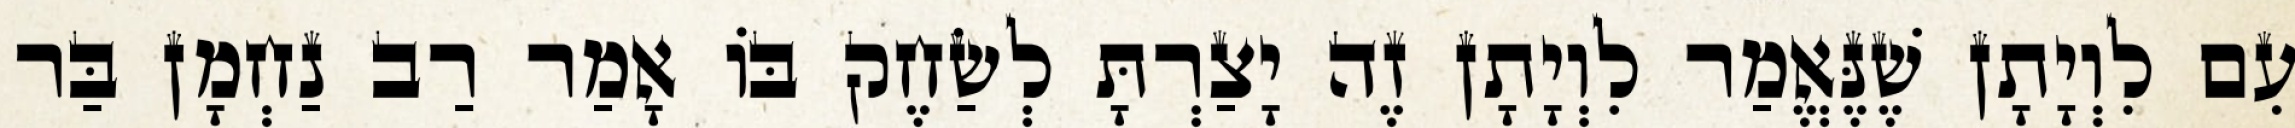
עִם לִוְיָתָן שֶׁנֶּאֱמַר לִוְיָתָן זֶה יָצַרְתָּ לְשַׂחֶק בּוֹ אָמַר רַב נַחְמָן בַּר